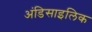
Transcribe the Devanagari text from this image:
अंडिसाइलिक